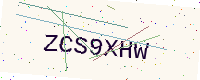
Text: ZCS9XHW